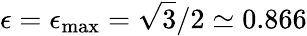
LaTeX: \epsilon=\epsilon_{\operatorname*{max}}=\sqrt{3}/2\simeq 0.866